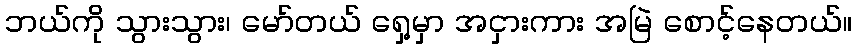
ဘယ်ကို သွားသွား၊ မော်တယ် ရှေ့မှာ အငှားကား အမြဲ စောင့်နေတယ်။